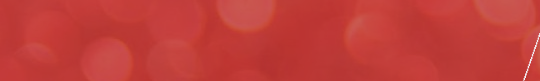
محلات بيع المستلزمات الطب